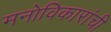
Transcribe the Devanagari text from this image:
मनोविकारांची